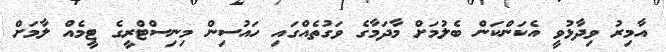
އާމިރު ވިދާޅުވީ އެކަންކަން ބެލުމަށް މާދަމާގެ ވަގުތެއްގައި ހައުސިން މިނިސްޓްރީގެ ޓީމެއް ލާމަށް